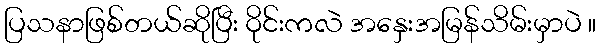
ပြသနာဖြစ်တယ်ဆိုပြီး ဝိုင်းကလဲ အနှေးအမြန်သိမ်းမှာပဲ ။